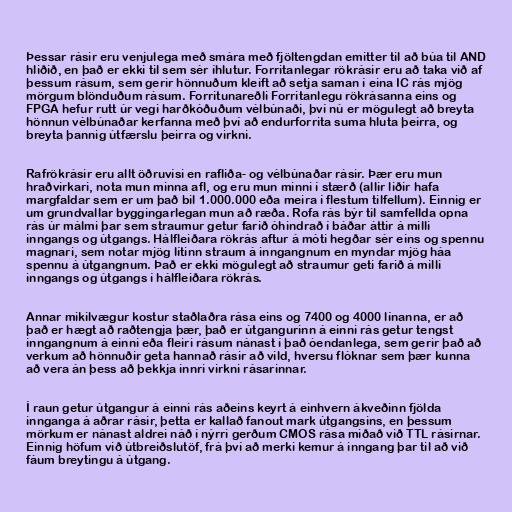
Þessar rásir eru venjulega með smára með fjöltengdan emitter til að búa til AND
hliðið, en það er ekki til sem sér íhlutur. Forritanlegar rökrásir eru að taka við af
þessum rásum, sem gerir hönnuðum kleift að setja saman í eina IC rás mjög
mörgum blönduðum rásum. Forritunareðli Forritanlegu rökrásanna eins og
FPGA hefur rutt úr vegi harðkóðuðum vélbúnaði, því nú er mögulegt að breyta
hönnun vélbúnaðar kerfanna með því að endurforrita suma hluta þeirra, og
breyta þannig útfærslu þeirra og virkni.

Rafrökrásir eru allt öðruvísi en rafliða- og vélbúnaðar rásir. Þær eru mun
hraðvirkari, nota mun minna afl, og eru mun minni í stærð (allir liðir hafa
margfaldar sem er um það bil 1.000.000 eða meira í flestum tilfellum). Einnig er
um grundvallar byggingarlegan mun að ræða. Rofa rás býr til samfellda opna
rás úr málmi þar sem straumur getur farið óhindrað í báðar áttir á milli
inngangs og útgangs. Hálfleiðara rökrás aftur á móti hegðar sér eins og spennu
magnari, sem notar mjög lítinn straum á inngangnum en myndar mjög háa
spennu á útgangnum. Það er ekki mögulegt að straumur geti farið á milli
inngangs og útgangs í hálfleiðara rökrás.

Annar mikilvægur kostur staðlaðra rása eins og 7400 og 4000 línanna, er að
það er hægt að raðtengja þær, það er útgangurinn á einni rás getur tengst
inngangnum á einni eða fleiri rásum nánast í það óendanlega, sem gerir það að
verkum að hönnuðir geta hannað rásir að vild, hversu flóknar sem þær kunna
að vera án þess að þekkja innri virkni rásarinnar.

Í raun getur útgangur á einni rás aðeins keyrt á einhvern ákveðinn fjölda
innganga á aðrar rásir, þetta er kallað fanout mark útgangsins, en þessum
mörkum er nánast aldrei náð í nýrri gerðum CMOS rása miðað við TTL rásirnar.
Einnig höfum við útbreiðslutöf, frá því að merki kemur á inngang þar til að við
fáum breytingu á útgang.